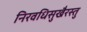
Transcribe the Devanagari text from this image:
निरवधिसुखैरस्तु